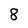
Character: 8